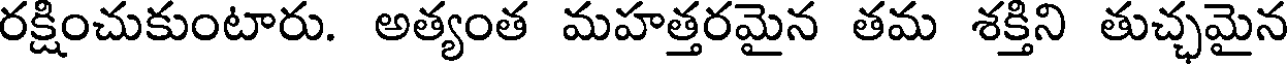
రక్షించుకుంటారు. అత్యంత మహత్తరమైన తమ శక్తిని తుచ్ఛమైన